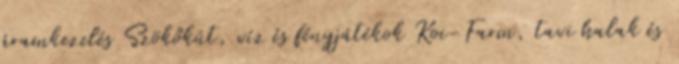
áramkezelés Szökőkút, víz és fényjátékok Koi-Farm, tavi halak és